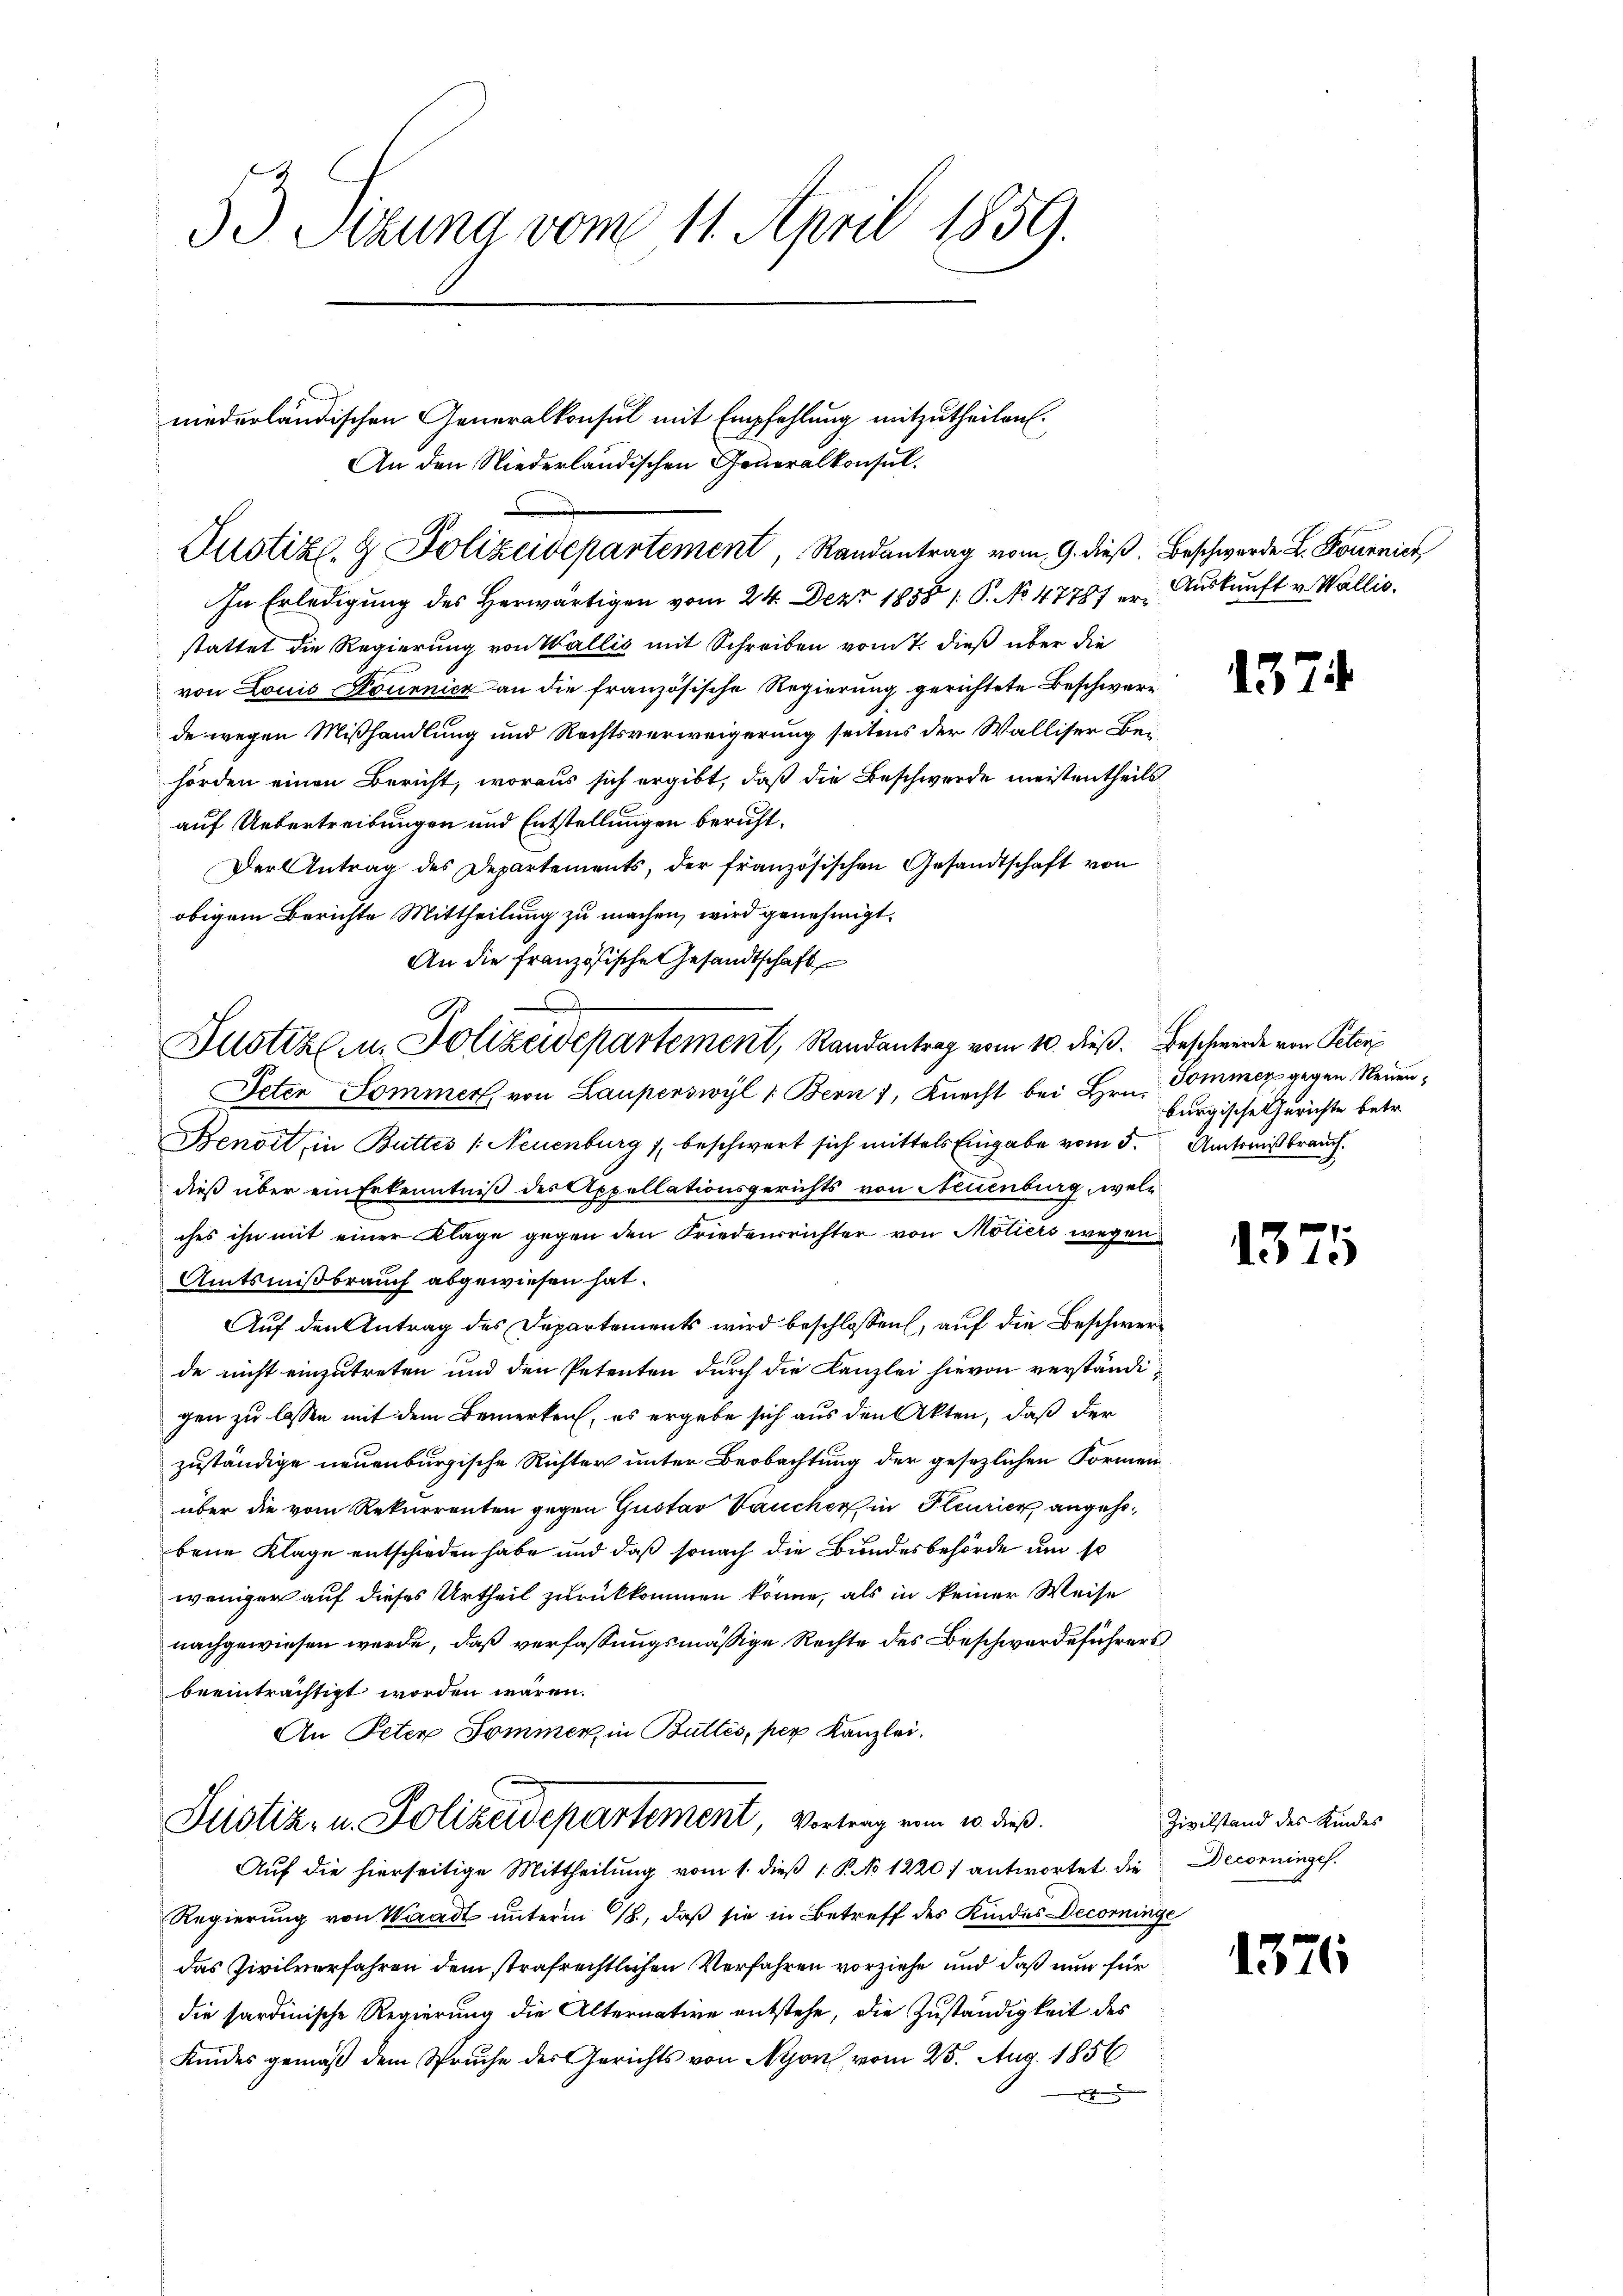
3. Sitzung vom 11. April 1859.

niederländischen Generalkonsul mit Empfehlung mitzutheilen.
An den Niederländischen Generalkonsul.
Justiz- & Polizeidepartement, Randantrag vom 9. dieß. Beschwerde L. Pournich
In Erledigung des Herwärtigen vom 24. Dez. 1858 1. P. No 47787 erstattet die Regierung von Wallis mit Schreiben vom 7. dieß über die
von Louis Kouenicz an die französische Regierung gerichtete Beschwere
de wegen Mißhandlung und Rechtsverweigerung seitens der Walliser Beihörden einen Bericht, woraus sich ergibt, daß die Beschwerde meistentheils
auf Uebertreibungen und Entstellungen bericht.
Der Antrag des Departements, der französischen Gesandtschaft von
obigem Berichte Mittheilung zu machen, wird genehmigt.
An die französische Gesandtschaft
Jeten Sommer, von Lauperswyl (Bern, Knecht bei Hrn.
Benoit, in Buttes (Neuenburg 1, beschwert sich mittels Eingabe vom 5. Amtsnißbrauch
dieß über ein Erkenntniß des Appellationsgerichts von Neuenburg, welches ihn mit einer Klage gegen den Friedensrichter von Motiers wegen
Amtsnißbrauch abgewiesen hat.
Auf den Antrag des Departements wird beschlossen, auf die Beschwerde nicht einzutreten und den Petenten durch die Kanzlei hievon verständigen zu lassen mit dem Bemerken, es ergebe sich aus den Akten, daß der
zuständige neuenburgische Richter unter Beobachtung der gesezlichen Formenüber die vom Rekurrenten gegen Gustav Paucher in Pleurien angehobene Klage entschieden habe und daß sonach die Bundesbehörde um so
weniger auf dieses Urtheil zurückkommen könne, als in keiner Weise
nachgewiesen werde, daß verfassungsmäßige Rechte des Beschwerdeführers
beeinträchtigt worden wären.
An Peter Sommer in Buttes, per Kanzlei.
Justiz- u. Polizeidepartement, Vortrag vom 20. dieß.
Aŭf die hierseitige Mittheilŭng vom 1. dieβ (: P. No 1220 f antwortet die Decorninges.
Regierung von Waadt unterm 18., daß sie in Betreff des Kindes Decorninge
das Zivilverfahren dem strafrechtlichen Verfahren vorziehe und daß nun für
die sardinische Regierung die Alternative entstehe, die Zuständigkeit des
Kindes gemäß dem Spruche des Gerichts von Nyon vom 25. Aug. 1856
x

C
Dustiz u. Polizeidepartement, Randantrag vom 10. dieß. Beschwerde von Peler

Auskunft v. Wallis.

1574

Sommer gegen Neuenburgische Gerichte betr.

1375

Zivilstand des Kindes

1376